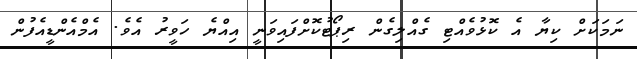
ނަމަކަށް ކިޔާ އެ ކޮޅުވެއްޓި ގެއްލިގެން ރިޕޯޓުކޮށްފައިވަނީ އިއްޔެ ހަވީރު އެވެ. އެމްއެންޑީއެފުން